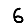
Digit: 6